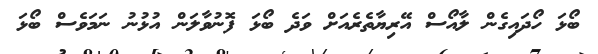
ބޯޅަ ހޯދައިގެން ލާއޯސް އޭރިޔާތެރެއަށް ވަދެ ބޯޅަ ފޮނުވާލަން އުޅުނު ނަމަވެސް ބޯޅަ